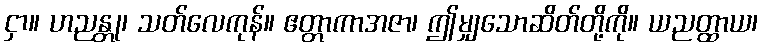
ငှာ။ ဟညန္တု၊ သတ်လေကုန်။ ဧတ္တာကာအဇာ၊ ဤမျှသောဆိတ်တို့ကို။ ယညတ္ထာယ၊